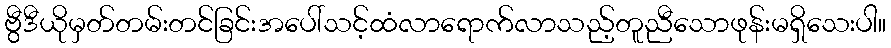
ဗွီဒီယိုမှတ်တမ်းတင်ခြင်းအပေါ်သင့်ထံလာရောက်လာသည့်တူညီသောဖုန်းမရှိသေးပါ။